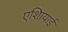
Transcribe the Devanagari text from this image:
एशिायाई